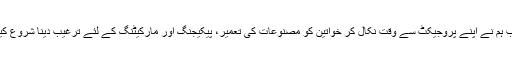
تب ہم نے اپنے پروجیکٹ سے وقت نکال کر خواتین کو مصنوعات کی تعمیر، پیکیجنگ اور مارکیٹنگ کے لئے ترغیب دینا شروع کیا۔